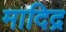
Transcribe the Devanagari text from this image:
मादिद्र